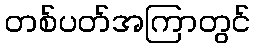
တစ်ပတ်အကြာတွင်